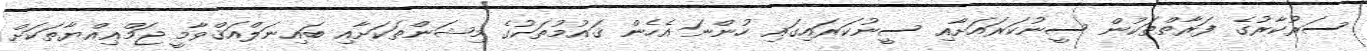
ސަރުކާރުގެ ފަރާތްތަކުން ސީނުކަރައަށާއި ސީނުކަރައިގައި ހުންނަ އެހެން ޤައުމުތަކުގެ މިޝަންތަކަށާއި ބައިނަލްއަޤްވާމީ ޖަމްޢިއްޔާތަކަށް